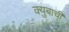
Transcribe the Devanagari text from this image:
क्युबाची